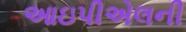
આઇપીએલની